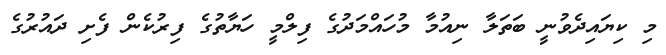
މި ކިޔައިދެވުނީ ބަތަލާ ނިއުމާ މުހައްމަދުގެ ފިލްމީ ހަޔާތުގެ ފިރުކެން ފެށި ދައުރުގެ